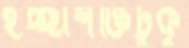
ইচ্ছাশক্তিটুকু